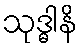
သုဒ္ဓါနိ